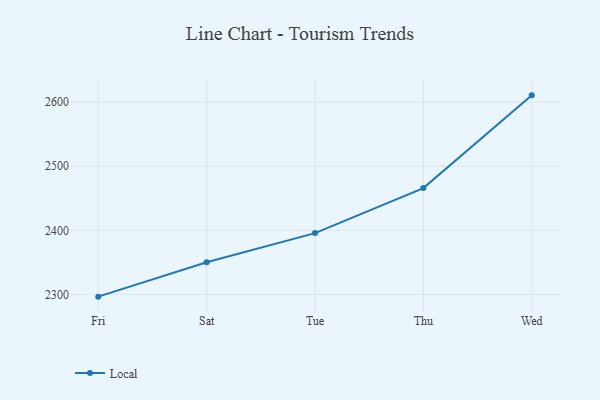
{"axis": {"x": "Day", "y": "Temperature (°C)"}, "legend": ["Local"], "data": [{"x": "Fri", "y": 2296.5, "type": "Local"}, {"x": "Sat", "y": 2350.2, "type": "Local"}, {"x": "Tue", "y": 2395.7, "type": "Local"}, {"x": "Thu", "y": 2466.0, "type": "Local"}, {"x": "Wed", "y": 2610.7, "type": "Local"}]}